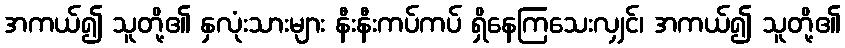
အကယ်၍ သူတို့၏ နှလုံးသားများ နီးနီးကပ်ကပ် ရှိနေကြသေးလျှင်၊ အကယ်၍ သူတို့၏